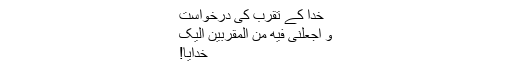
خدا کے تقرب کی درخواست
وَ اجْعَلْنِی فِیهِ مِنَ الْمُقَرَّبِینَ اِلَیْکَ
خدایا!